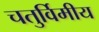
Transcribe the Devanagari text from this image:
चतुर्विमीय